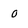
Character: 0